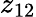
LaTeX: z_{12}